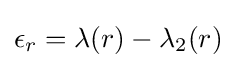
{\textstyle \epsilon _{r}=\lambda (r)-\lambda _{2}(r)}